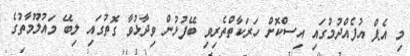
މި އެޕް އުފެއްދުމުގައި އިސްކޮށް ހަރަކާތްތެރިވި ބޭފުޅުން ވިދާޅުވާ ގޮތުގައި ލިބޭ މައުލޫމާތުގެ